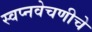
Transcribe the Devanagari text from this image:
स्वप्नवेचणीचे